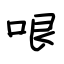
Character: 哏